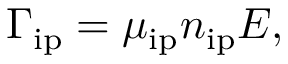
\Gamma _ { \mathrm { i p } } = \mu _ { \mathrm { i p } } n _ { \mathrm { i p } } E ,